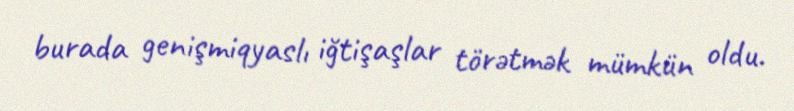
burada genişmiqyaslı iğtişaşlar törətmək mümkün oldu.